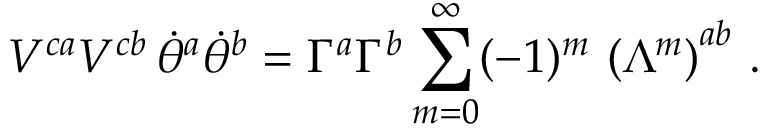
V ^ { c a } V ^ { c b } \, \dot { \theta } ^ { a } \dot { \theta } ^ { b } = \Gamma ^ { a } \Gamma ^ { b } \sum _ { m = 0 } ^ { \infty } ( - 1 ) ^ { m } \, \left( \Lambda ^ { m } \right) ^ { a b } \, .